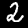
Digit: 2